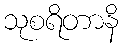
သုစရိတာနိ